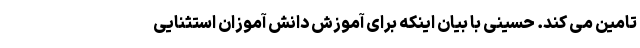
تامین می کند. حسینی با بیان اینکه برای آموزش دانش آموزان استثنایی